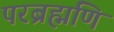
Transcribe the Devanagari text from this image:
परब्रह्मणि